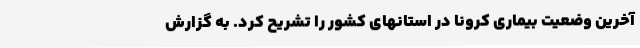
آخرین وضعیت بیماری کرونا در استانهای کشور را تشریح کرد. به گزارش